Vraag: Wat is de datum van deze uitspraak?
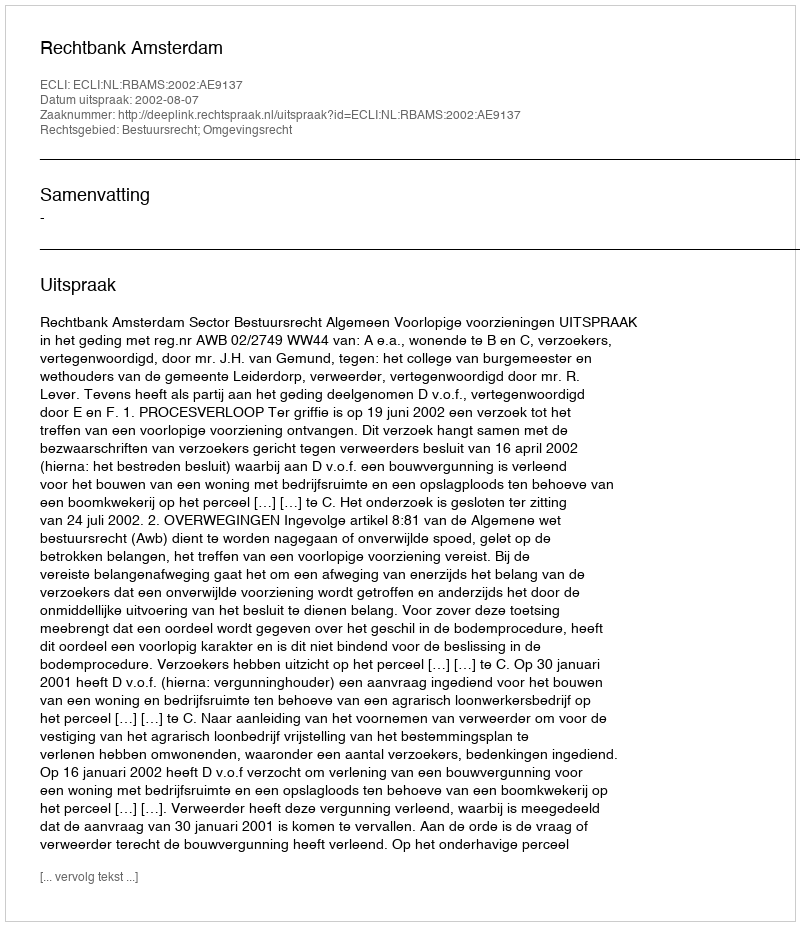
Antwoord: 2002-08-07